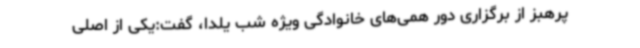
پرهبز از برگزاری دور همی‌های خانوادگی ویژه شب یلدا، گفت:یکی از اصلی